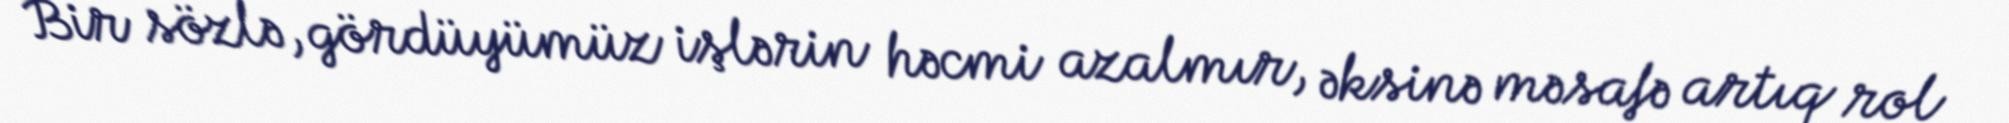
Bir sözlə, gördüyümüz işlərin həcmi azalmır, əksinə məsafə artıq rol